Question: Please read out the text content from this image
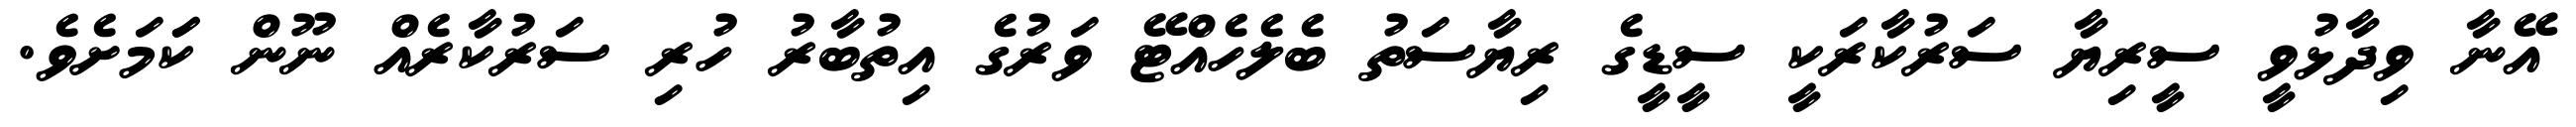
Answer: އޭނާ ވިދާޅުވީ ސީރިޔާ ސަރުކާރަކީ ސީޑީގެ ރިޔާސަތު ބެލެހެއްޓޭ ވަރުގެ އިތުބާރު ހުރި ސަރުކާރެއް ނޫން ކަަމަށެވެ.